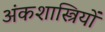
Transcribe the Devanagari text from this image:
अंकशास्त्रियों